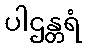
ပါဌန္တရံ